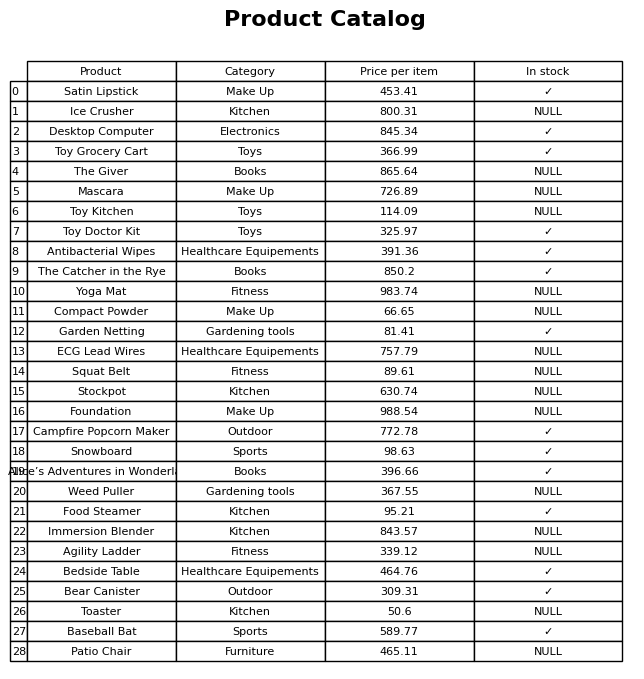
question: What is the price of the Stockpot?
answer: The price of Stockpot is 630.74.